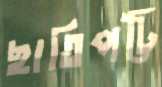
ছাতিপট্টি